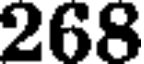
268